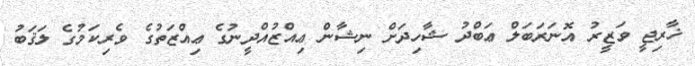
ޚާރިޖީ ވަޒީރު އޮނަރަބަލް ޢަބްދު ޝާހިދަށް ނިޝާން ޢިއްޒުއްދީނުގެ ޢިއްޒަތުގެ ވެރިކަމުގެ ލަޤަބު